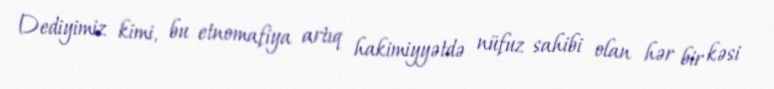
Dediyimiz kimi, bu etnomafiya artıq hakimiyyətdə nüfuz sahibi olan hər bir kəsi